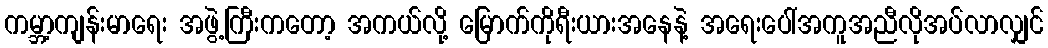
ကမ္ဘာ့ကျန်းမာရေး အဖွဲ့ကြီးကတော့ အကယ်လို့ မြောက်ကိုရီးယားအနေနဲ့ အရေးပေါ်အကူအညီလိုအပ်လာလျှင်